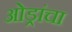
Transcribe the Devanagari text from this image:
ओड्रांचा